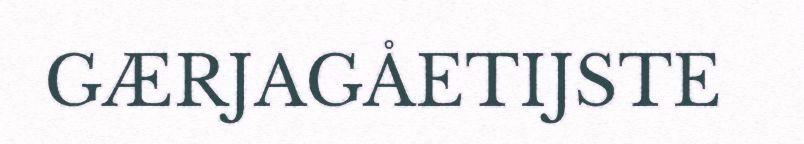
GÆRJAGÅETIJSTE